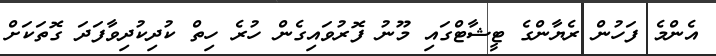
އެންމެ ފަހުން ރެޔާންގެ ޓީޝާޓްގައި މޫނު ފޮރުވައިގެން ހުރެ ހިތް ކުދިކުދިވާފަދަ ގޮތަކަށް